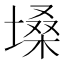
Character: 𪤌